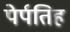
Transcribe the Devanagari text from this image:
पेर्पतिह